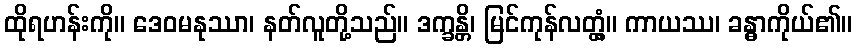
ထိုရဟန်းကို။ ဒေဝမနုဿာ၊ နတ်လူတို့သည်။ ဒက္ခန္တိ၊ မြင်ကုန်လတ္တံ့။ ကာယဿ၊ ခန္ဓာကိုယ်၏။